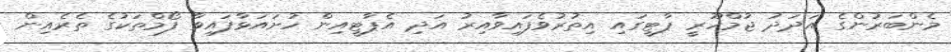
މެންބަރުންގެ އަދަދު ޖުމްހޫރީ ޕާޓީގައި އިތުރުވެފައިވާއިރު އަދި އެޕާޓީއިން ހުށައަޅާފައިވާ ފޯމްތަކުގެ ތެރެއިން